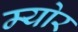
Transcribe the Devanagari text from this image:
म्‍योर